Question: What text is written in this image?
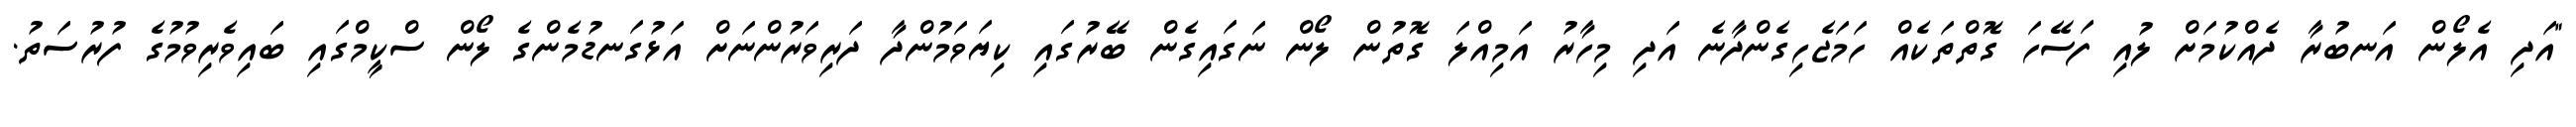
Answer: "އަދި އެލޯން އަނބުރާ ދެއްކުމަށް ލުއި ފަސޭހަ ގޮތްތަކެއް ހަމަޖެހިގެންދާނެ އަދި މިހާރު އަމިއްލަ ގޮތުން ލޯން ނަގައިގެން ބޭރުގައި ކިޔަވަމުންދާ ދަރިވަރުންނަށް އަޅުގަނޑުމެންގެ ލޯން ސްކީމްގައި ބައިވެރިވުމުގެ ފުރުސަތު.